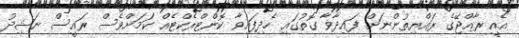
އެއީ ރާއްޖޭގެ ރައްޔިތުންނަށް ފައިދާވާ ގޮތުގައި ހެދިފައިވާ ކޮންޓްރެކްޓެއް ކަމަށްވެސް ރައީސް ނަޝިދު